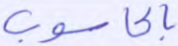
بالحاسوب